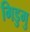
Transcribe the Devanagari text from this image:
गिडुगु